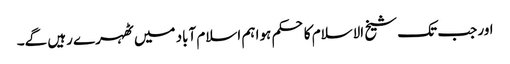
اور جب تک شیخ الاسلام کا حکم ہوا ہم اسلام آباد میں ٹھہرے رہیں گے۔